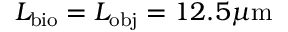
L _ { \mathrm { b i o } } = L _ { \mathrm { o b j } } = 1 2 . 5 \mu \mathrm { m }